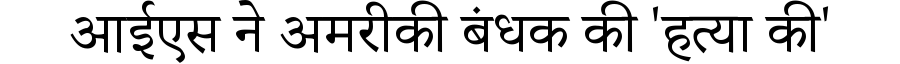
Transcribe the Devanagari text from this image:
आईएस ने अमरीकी बंधक की 'हत्या की'